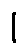
1